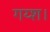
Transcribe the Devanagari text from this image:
गय्श।